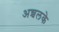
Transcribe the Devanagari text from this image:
अन्चलके